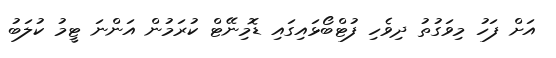
އަށް ފަހު މިވަގުތު ދިވެހި ފުޓްބޯޅައިގައި ޑޮމިނޭޓް ކުރަމުން އަންނަ ޓީމު ކުލަބު